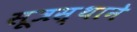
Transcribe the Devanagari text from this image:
सूत्रस्थाने